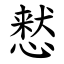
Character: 慭